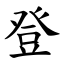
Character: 登